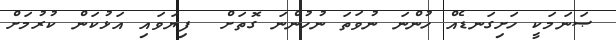
ޞަނަމަކީ ހަށިގަނޑެއް ހުންނަ ނުވަތަ ނުހުންނަ ގޮތަށް  ފިޔަވައި އަޅުކަން ކުރުމަށް